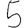
Digit: 5